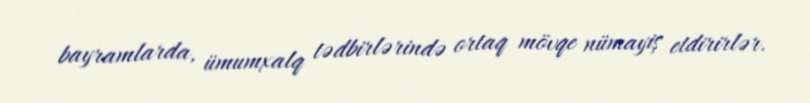
bayramlarda, ümumxalq tədbirlərində ortaq mövqe nümayiş etdirirlər.